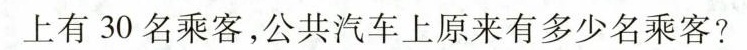
上有30名乘客，公共汽车上原来有多少名乘客？